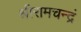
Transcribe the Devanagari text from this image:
श्रीरामचन्द्रं